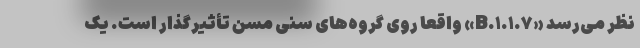
نظر می‌رسد «B.۱.۱.۷» واقعاً روی گروه‌های سنی مسن تأثیرگذار است. یک